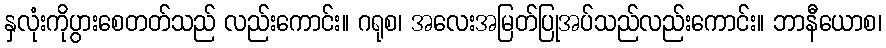
နှလုံးကိုပွားစေတတ်သည် လည်းကောင်း။ ဂရုစ၊ အလေးအမြတ်ပြုအပ်သည်လည်းကောင်း။ ဘာနီယောစ၊